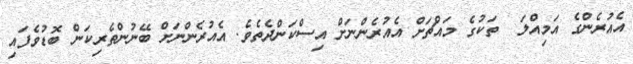
އެއުރެންގެ އަމިއްލަ  ތަކުގެ މައްޗަށް އެއުރެންނަށް އިސްކަންދެތެވެ. އެއުރެންނަށް ބޭނުންތެރިކަން ބޮޑުވެފައި